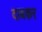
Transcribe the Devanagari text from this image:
दाबकर